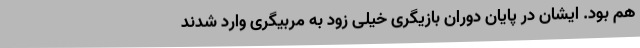
هم بود. ایشان در پایان دوران بازیگری‌ خیلی زود به مربیگری وارد شدند